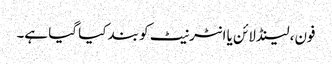
فون، لینڈلائن یا انٹرنیٹ کو بند کیا گیا ہے۔